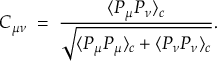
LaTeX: C _ { \mu \nu } \; = \; { \frac { \displaystyle \langle P _ { \mu } P _ { \nu } \rangle _ { c } } { \displaystyle \sqrt { \langle P _ { \mu } P _ { \mu } \rangle _ { c } + \langle P _ { \nu } P _ { \nu } \rangle _ { c } } } } .